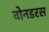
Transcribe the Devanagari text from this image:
वोनडरस